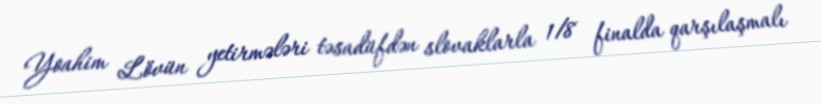
Yoahim Lövün yetirmələri təsadüfdən slovaklarla 1/8 finalda qarşılaşmalı